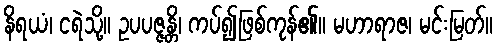
နိရယံ၊ ငရဲသို့။ ဥပပဇ္ဇန္တိ၊ ကပ်၍ဖြစ်ကုန်၏။ မဟာရာဇ၊ မင်းမြတ်။